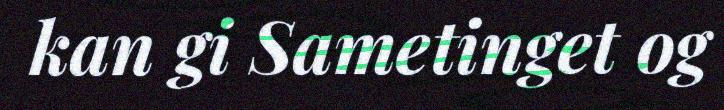
kan gi Sametinget og